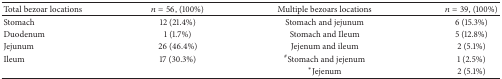
| Total bezoar locations | n = 56, (100%) | Multiple bezoars locations | n = 39, (100%) |
 | --- | --- | --- | --- |
 | Stomach | 12 (21.4%) | Stomach and jejunum | 6 (15.3%) |
 | Duodenum | 1 (1.7%) | Stomach and Ileum | 5 (12.8%) |
 | Jejunum | 26 (46.4%) | Jejenum and ileum | 2 (5.1%) |
 | Ileum | 17 (30.3%) | #Stomach and jejenum | 1 (2.5%) |
 |  |  | *Jejenum | 2 (5.1%) |